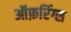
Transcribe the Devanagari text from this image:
ऑफ़रिंग्स